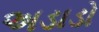
અડાડો